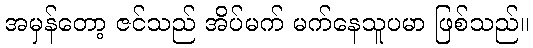
အမှန်တော့ ဇင်သည် အိပ်မက် မက်နေသူပမာ ဖြစ်သည်။